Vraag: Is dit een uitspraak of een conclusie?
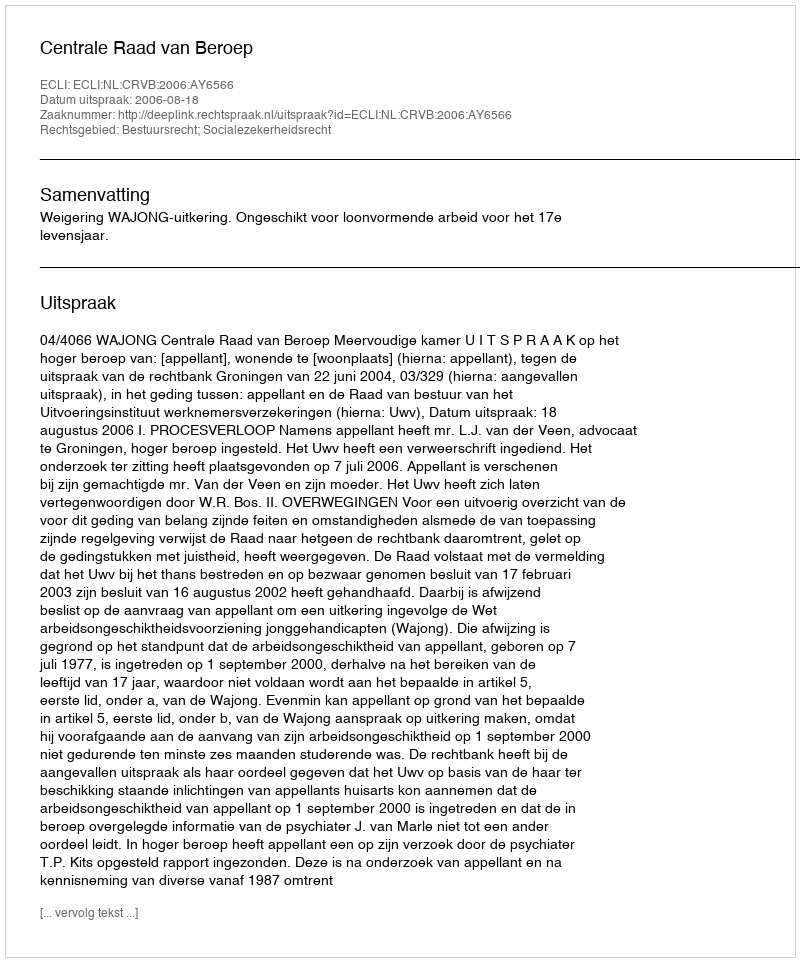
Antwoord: Uitspraak